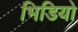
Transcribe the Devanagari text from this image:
भिडियो